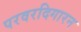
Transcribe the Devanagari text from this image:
परवरदिगारन